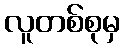
လူတစ်စုမှ